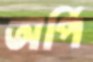
অর্পি